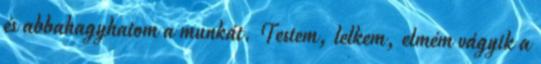
és abbahagyhatom a munkát. Testem, lelkem, elmém vágyik a